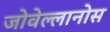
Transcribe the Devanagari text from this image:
जोवेल्लानोस